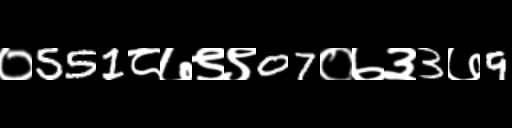
Text: ०551८७९९07०७३3७9